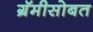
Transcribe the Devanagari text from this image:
ग्रॅमीसोबत